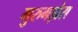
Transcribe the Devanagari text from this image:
मुरुगड़ोस